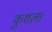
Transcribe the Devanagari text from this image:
कुशल।